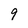
Character: 9